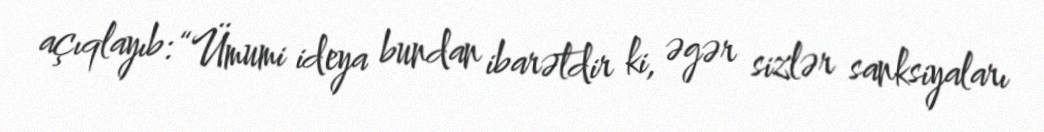
açıqlayıb: “Ümumi ideya bundan ibarətdir ki, əgər sizlər sanksiyaları